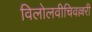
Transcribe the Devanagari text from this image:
विलोलवीचिवल्लरी